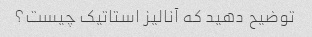
توضیح دهید که آنالیز استاتیک چیست؟